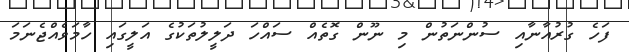
ފަހެ ގުރުއާނާއި ސުންނަތުން މި ނޫން ގޮތެއް ސައްހަ ދަލީލުތަކުގެ އަލީގައި ހާމަވެއްޖެނަމަ